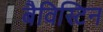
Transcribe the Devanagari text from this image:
बैविस्टिन